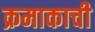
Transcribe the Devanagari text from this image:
क्रमाकाची